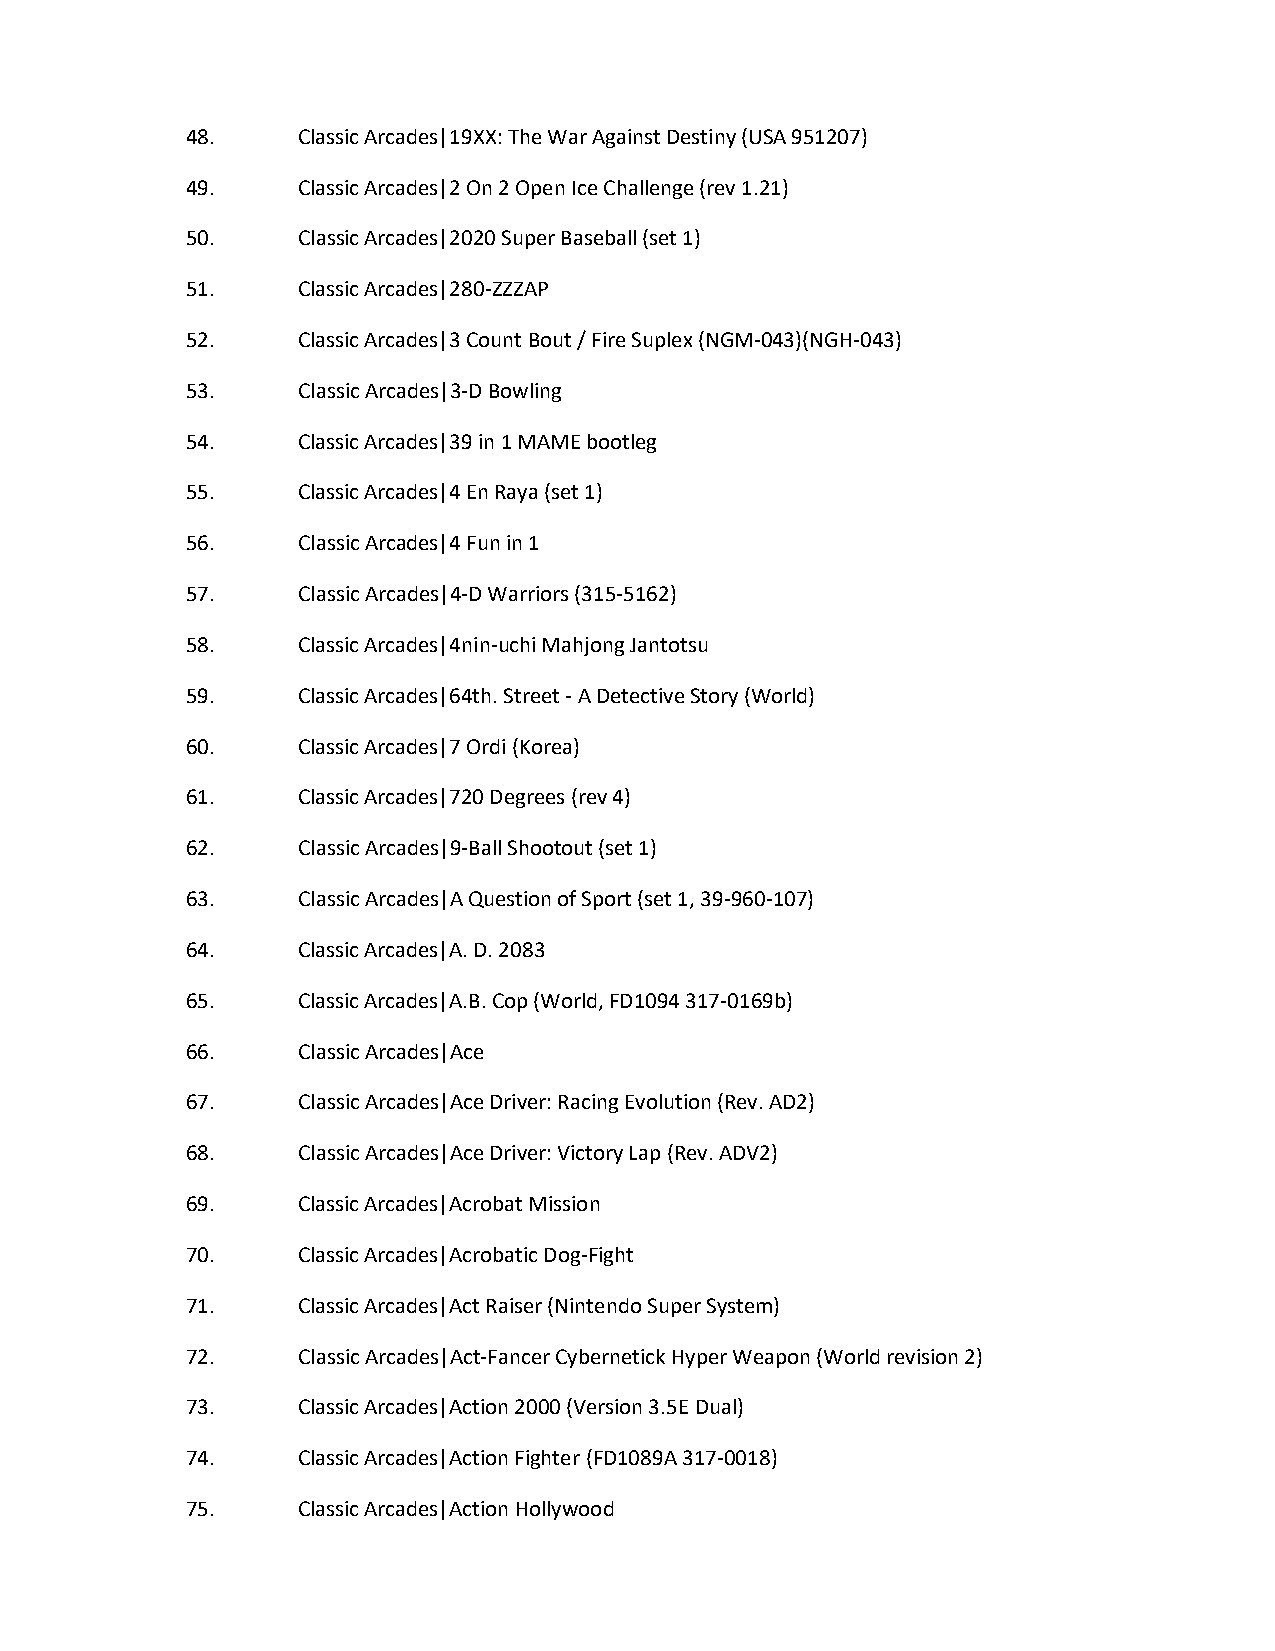
48.     Classic Arcades|19XX: The War Against Destiny (USA 951207)
 49.     Classic Arcades|2 On 2 Open Ice Challenge (rev 1.21)
 50.     Classic Arcades|2020 Super Baseball (set 1)
 51.     Classic Arcades|280-ZZZAP
 52.     Classic Arcades|3 Count Bout / Fire Suplex (NGM-043)(NGH-043)
 53.     Classic Arcades|3-D Bowling
 54.     Classic Arcades|39 in 1 MAME bootleg
 55.     Classic Arcades|4 En Raya (set 1)
 56.     Classic Arcades|4 Fun in 1
 57.     Classic Arcades|4-D Warriors (315-5162)
 58.     Classic Arcades|4nin-uchi Mahjong Jantotsu
 59.     Classic Arcades|64th. Street - A Detective Story (World)
 60.     Classic Arcades|7 Ordi (Korea)
 61.     Classic Arcades|720 Degrees (rev 4)
 62.     Classic Arcades|9-Ball Shootout (set 1)
 63.     Classic Arcades|A Question of Sport (set 1, 39-960-107)
 64.     Classic Arcades|A. D. 2083
 65.     Classic Arcades|A.B. Cop (World, FD1094 317-0169b)
 66.     Classic Arcades|Ace
 67.     Classic Arcades|Ace Driver: Racing Evolution (Rev. AD2)
 68.     Classic Arcades|Ace Driver: Victory Lap (Rev. ADV2)
 69.     Classic Arcades|Acrobat Mission
 70.     Classic Arcades|Acrobatic Dog-Fight
 71.     Classic Arcades|Act Raiser (Nintendo Super System)
 72.     Classic Arcades|Act-Fancer Cybernetick Hyper Weapon (World revision 2)
 73.     Classic Arcades|Action 2000 (Version 3.5E Dual)
 74.     Classic Arcades|Action Fighter (FD1089A 317-0018)
 75.     Classic Arcades|Action Hollywood